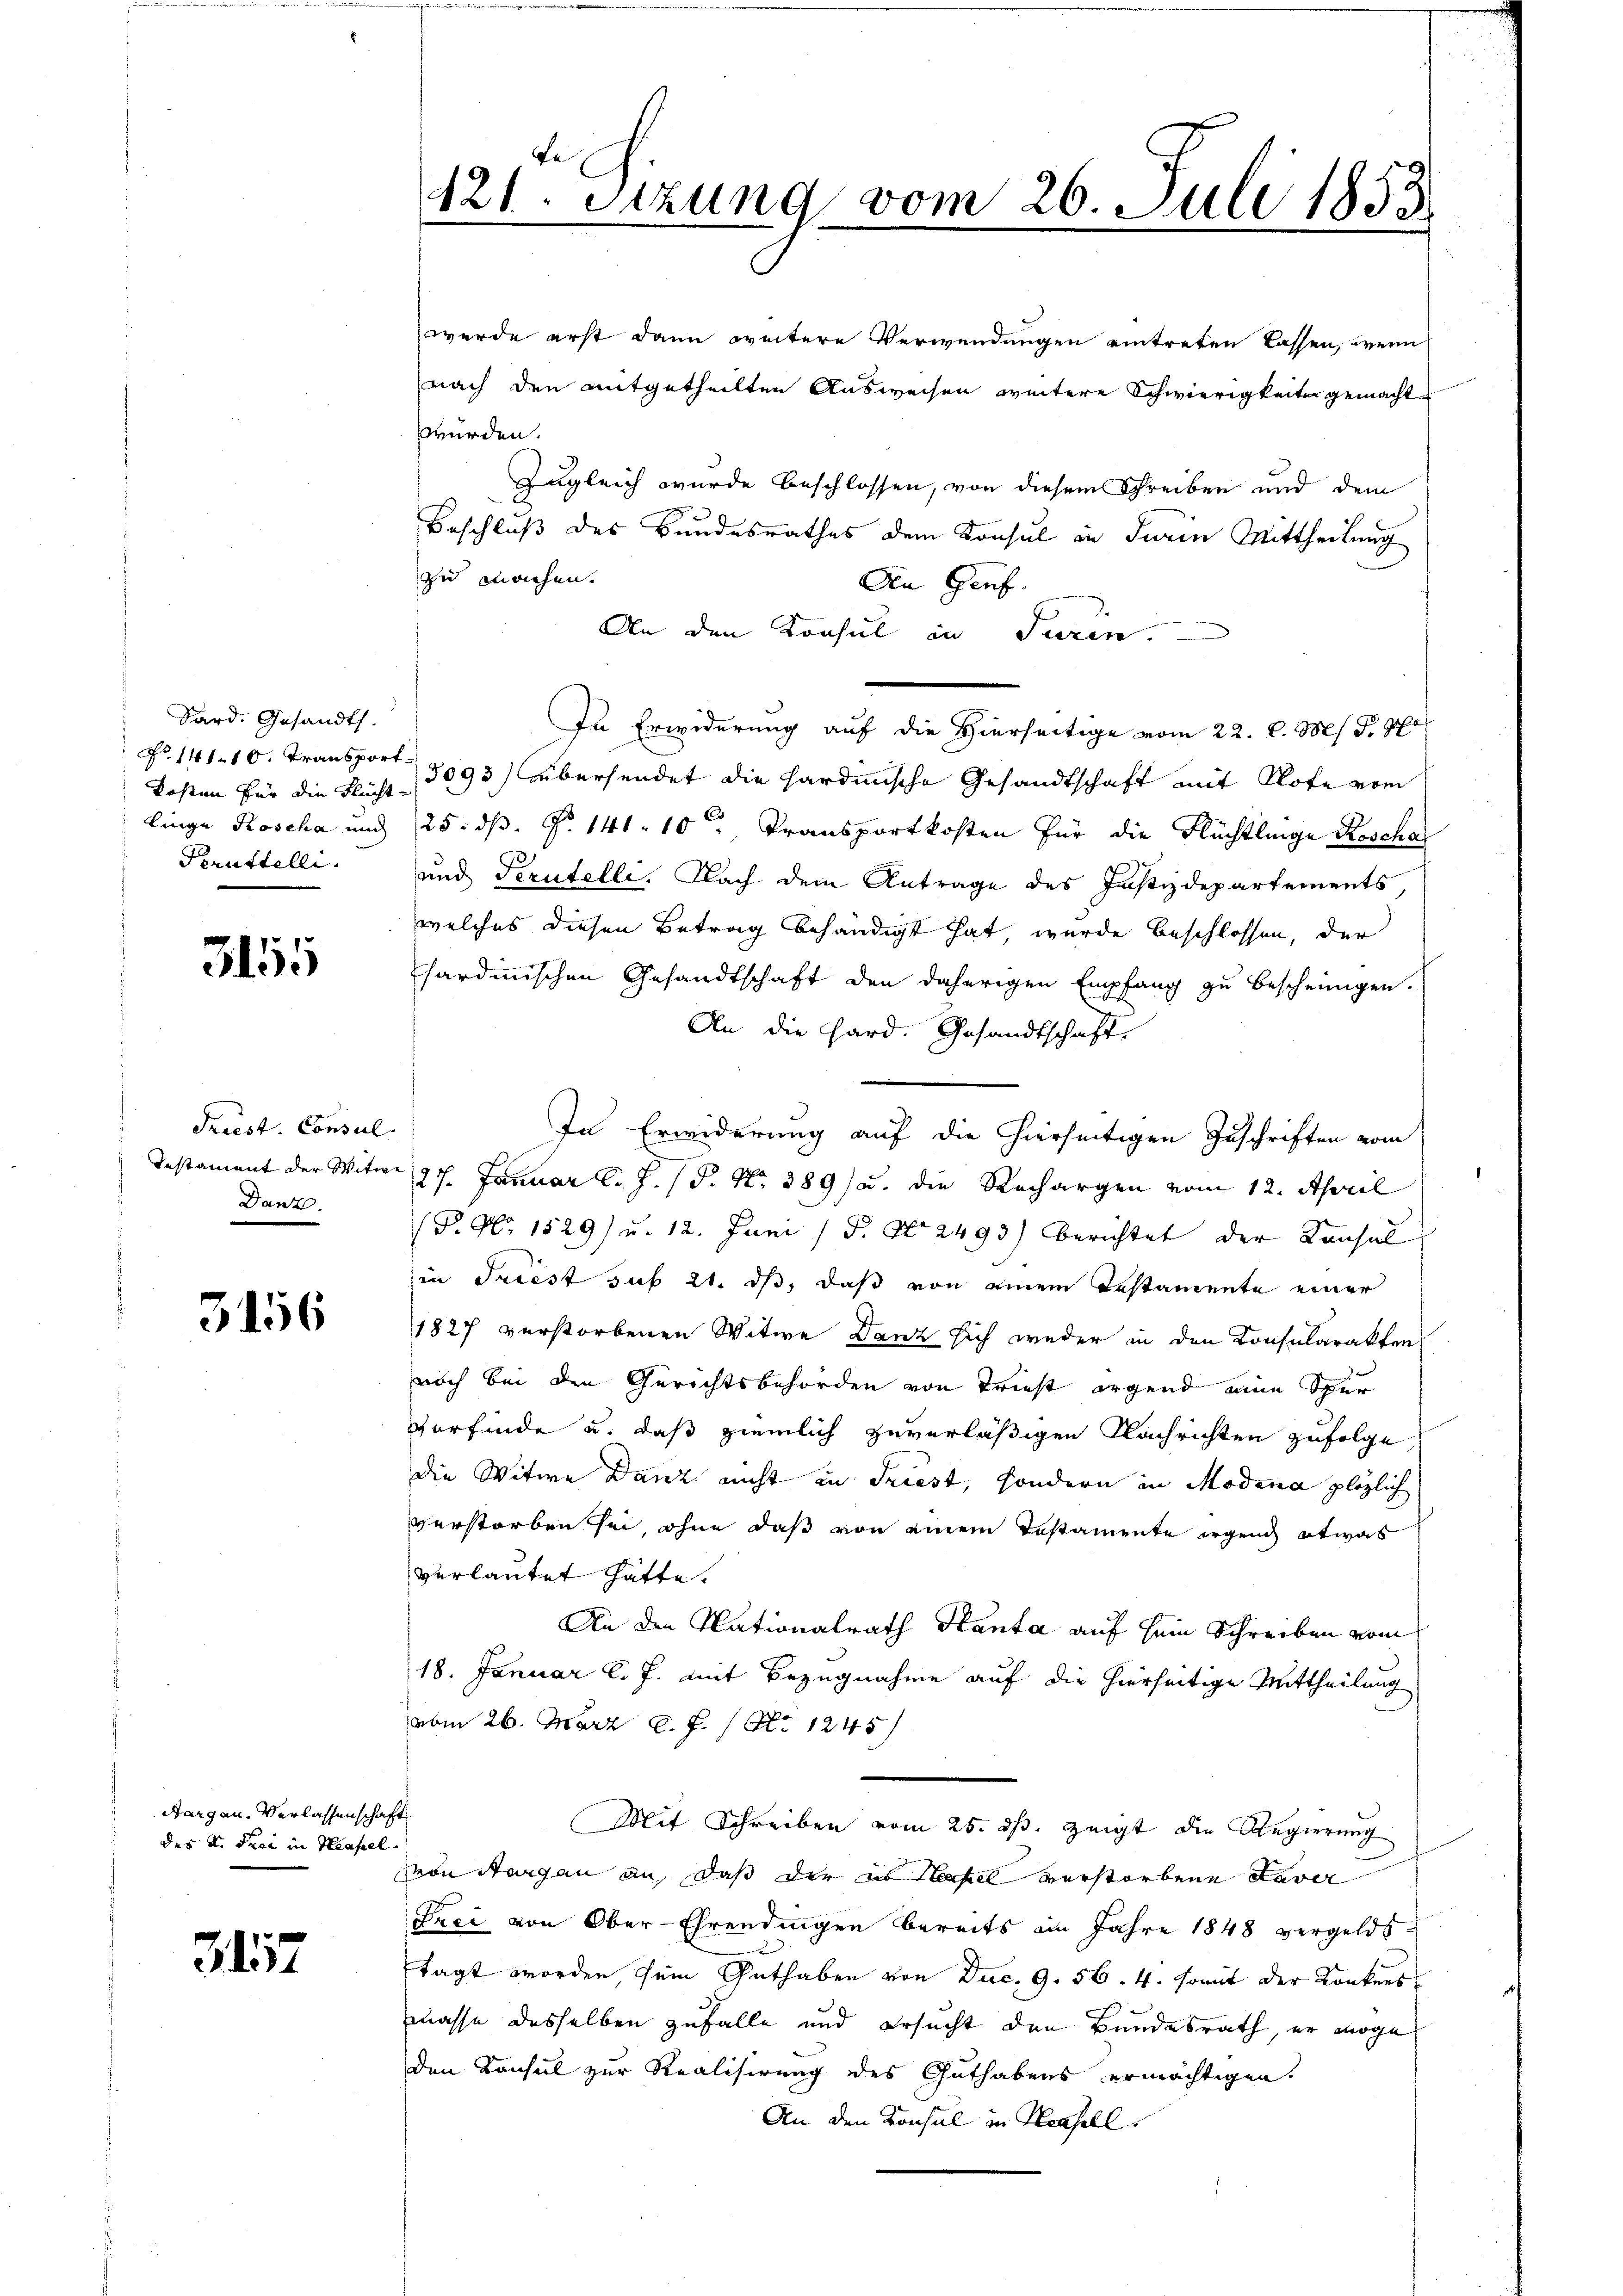
Sard. Gesandts.
kosten für die Flucht
linge Poscha und

3155

Triest. Consul
Danz.

3156

Aargau. Verlassensch
des K. Frei in Hasel

3157

werde erst dann weitere Verwendungen eintreten lassen, wenn
nach den mitgetheilten Ausweisen weitere Schwierigkeiten gemacht
würden.
Zugleich wurde beschlossen, von diesem Schreiben und dem
Beschluß des Bundesrathes dem Konsul in Turin Mittheilung
zu machen.
An Genf.
An den Konsul in Turin.
In Erwiderung auf die Hierseitige vom 22. d. Ms. d. Po
No. 141. 10. Transport 3093) Übersendet die hardinische Gesandtschaft mit Note vom
25. dβ. P. 141. 10 " Transportkosten für die Flüchtlinge Roschaf
Perustelli, und Scrutelli. Nach dem Antrage des Justizdepartements
welches diesen Betrag behändigt hat, wurde beschlossen, der
sardinischen Gesandtschaft den daherigen Empfang zu bescheinigen.
An die Hard. Gesandtschaft.
Testament der Witwe 127. Januar l. J. P. Nr. 389) u. die Rechargen vom 12. April
(P. Nr. 1529) u. 12. Juni / P. Nr. 2493) berichtet der Konsul
in Triest sub 21. ds, daß von einem Testamente einer
1827 verstorbenen Witwe Danz sich weder in den Konsularakten
noch bei den Gerichtsbehörden von Triest irgend eine Spur
verfinde u. daß ziemlich zuverläßigen Nachrichten zufolge,
die Witwe Danz nicht in Friest, sondern in Modena plötzlich
verstorben sei, ohne daß von einem Testamente irgend etwas
verlautet hätte.
An den Nationalrath Kanta auf sein Schreiben vom
18. Januar l. J. mit Bezugnahme auf die hierseitige Mittheilung
vom 26. März d. J. Ao 1245)
haft
Mit Schreiben vom 25. ds. zeigt die Regierung
von Aargau an, daß der in Neapel verstorbene Laver
Frei von Ober-Ehrendingen bereits im Jahre 1848 vergelds
tagt worden, sein Guthaben von Dec. 9. 56. 4. somit der Konkurs
masse desselben zufalle und ersucht den Bundesrath, er möge
den Konsul zur Realisirung des Guthabens ermächtigen.
An den Konsul in Basell

121. Sitzung vom 26. Juli 1853

In Erwiderung auf die hierseitigen Zuschriften vom